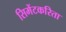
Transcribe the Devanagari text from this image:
सिमेंटकरिता